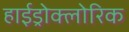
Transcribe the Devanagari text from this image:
हाईड्रोक्लोरिक